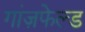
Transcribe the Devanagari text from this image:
गांज़फेल्ड